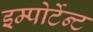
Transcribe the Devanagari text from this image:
इम्पोर्टेन्ट